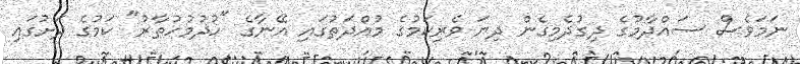
ނަމަވެސް ސައްދާމުގެ ދިގުދެމިގެން ދިޔަ ވެރިކަމުގެ މުއްދަތުގައި އޭނާގެ "ހުދުމުހުތާރު" ކަމުގެ ދަށުގައި